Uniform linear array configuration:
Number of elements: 48
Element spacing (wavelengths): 0.5
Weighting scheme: cosine
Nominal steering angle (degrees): -30
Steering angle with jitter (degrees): -28.14
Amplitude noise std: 0.05
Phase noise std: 0.05

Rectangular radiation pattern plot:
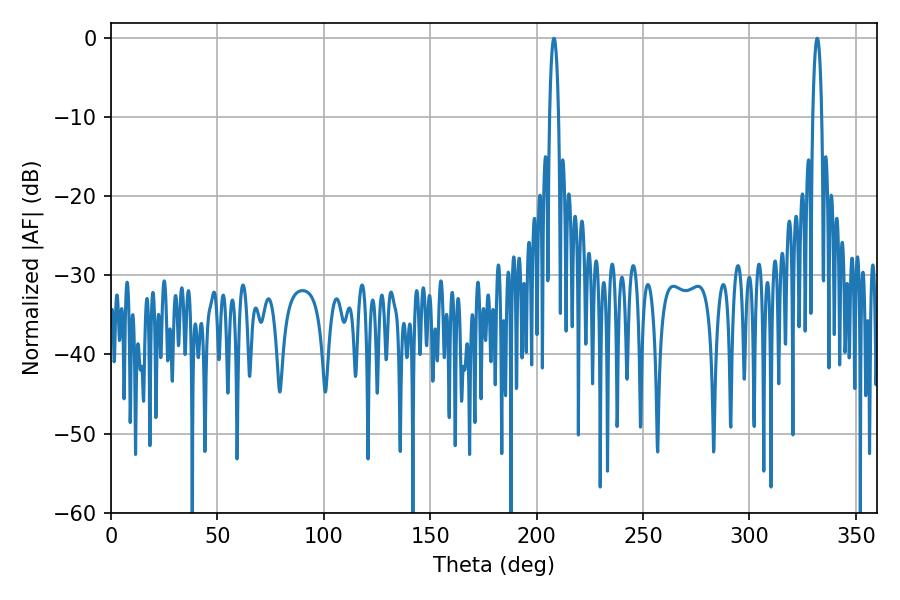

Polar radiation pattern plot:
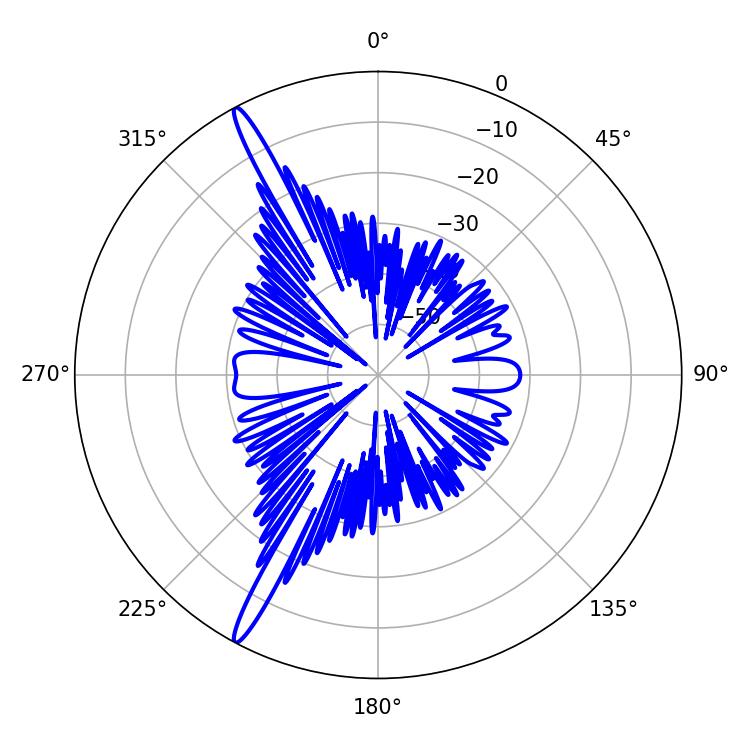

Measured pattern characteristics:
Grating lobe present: FALSE
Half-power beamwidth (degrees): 2.34
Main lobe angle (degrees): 208.08